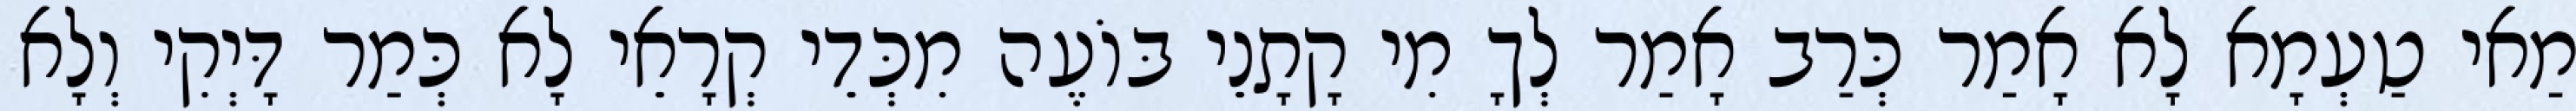
מַאי טַעְמָא לָא אָמַר כְּרַב אָמַר לְךָ מִי קָתָנֵי בּוֹעֶה מִכְּדֵי קְרָאֵי לָא כְּמַר דָּיְקִי וְלָא